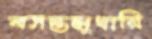
বসন্তমুখারি